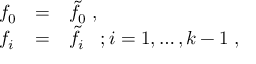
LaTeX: \begin{array} { l l l } { { f _ { 0 } } } & { { = } } & { { \tilde { f } _ { 0 } \; , } } \\ { { f _ { i } } } & { { = } } & { { \tilde { f } _ { i } \; \; \; ; i = 1 , \ldots , k - 1 \; , } } \end{array}